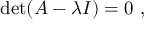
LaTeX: \operatorname* { d e t } ( A - \lambda I ) = 0 ~ ,